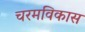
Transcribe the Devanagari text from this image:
चरमविकास